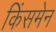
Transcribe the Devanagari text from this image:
किंसमेन